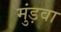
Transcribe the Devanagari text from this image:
मुंड़वा